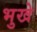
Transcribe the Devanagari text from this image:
भुखे